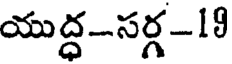
యుద్ధ-సర్గ-19